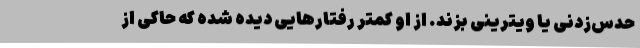
حدس‌زدنی یا ویترینی بزند. از او کمتر رفتارهایی دیده شده که حاکی از